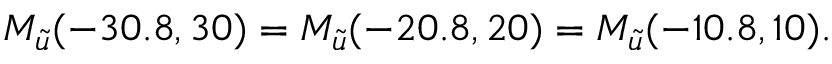
M _ { \tilde { u } } ( - 3 0 . 8 , 3 0 ) = M _ { \tilde { u } } ( - 2 0 . 8 , 2 0 ) = M _ { \tilde { u } } ( - 1 0 . 8 , 1 0 ) .